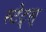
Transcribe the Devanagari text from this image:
स्टेट्स्